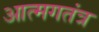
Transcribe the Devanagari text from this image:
आत्मगतंत्र